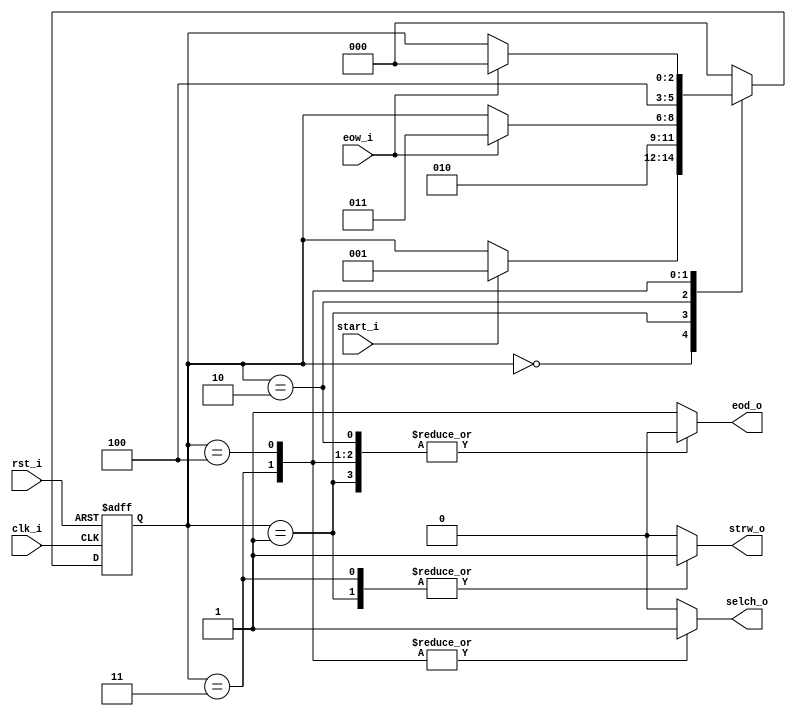
// Name: single_tick.v
//
// Description:

module fsm_2ch (
  input       rst_i,
  input       clk_i,
  input       start_i,
  input       eow_i,
  output reg  strw_o,
  output reg  selch_o,
  output reg  eod_o
);

  localparam [2:0] s0 = 3'b000,
                   s1 = 3'b001,
                   s2 = 3'b010,
                   s3 = 3'b011,
                   s4 = 3'b100;

  reg [2:0] next_state, present_state;

  always @(start_i, eow_i, present_state) begin
    strw_o = 1'b0; selch_o = 1'b0; eod_o = 1'b1;
    next_state = present_state;
    case(present_state)
      s0: begin
            strw_o = 1'b0; selch_o = 1'b0; eod_o = 1'b1;
            if (start_i)
              next_state = s1;
          end

      s1: begin
            strw_o = 1'b1; selch_o = 1'b0; eod_o = 1'b0;
            next_state = s2;
          end

      s2: begin
            strw_o = 1'b0; selch_o = 1'b0; eod_o = 1'b0;
            if (eow_i)
              next_state = s3;
          end 

      s3: begin
            strw_o = 1'b1; selch_o = 1'b1; eod_o = 1'b0;
            next_state = s4;
          end

      s4: begin
            strw_o = 1'b0; selch_o = 1'b1; eod_o = 1'b0;
            if (eow_i)
              next_state = s0;
          end

      default:  begin
                  next_state = s0;
                end
    endcase
  end

  always @(posedge clk_i, posedge rst_i) begin
    if (rst_i)
      present_state <= s0;
    else
      present_state <= next_state;
  end

endmodule